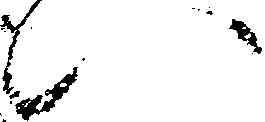
い